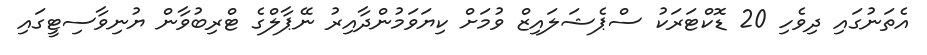
އެތަނުގައި ދިވެހި 20 ޑޮކްޓަރަކު ސްޕެޝަލައިޒް ވުމަށް ކިޔަވަމުންދާއިރު ނޭޕާލްގެ ޓްރިބުވާން ޔުނިވާސިޓީގައި